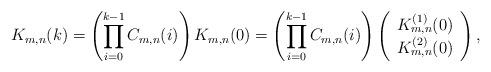
LaTeX: \begin{align*}K_{m,n}(k) = \left(\prod_{i=0}^{k-1} C_{m,n}(i)\right)K_{m,n}(0) = \left(\prod_{i=0}^{k-1} C_{m,n}(i)\right) \left(\begin{array}{c}K_{m,n}^{(1)}(0) \\ K_{m,n}^{(2)}(0)\end{array}\right),\end{align*}